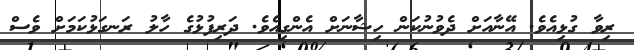
ރިވާ ގުޅިއެވެ. އޭނާއަށް ދެވުނުކަން ހިޝާނަށް އެންގިއެވެ. ދަރިފުޅުގެ ހާލު ރަނގަޅުކަމަށް ވެސް